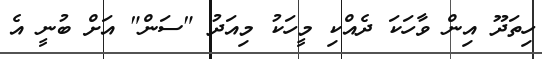
ހިތަދޫ އިން ވާހަކަ ދެއްކި މީހަކު މިއަދު "ސަން" އަށް ބުނީ އެ